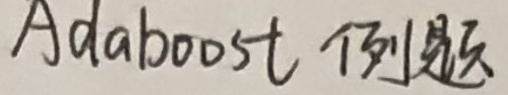
Adaboost 例题